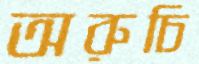
অরুচি